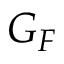
G _ { F }